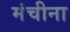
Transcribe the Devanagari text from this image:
मंचीना